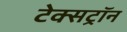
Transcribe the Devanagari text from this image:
टेक्सट्रॉन